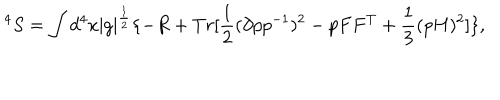
LaTeX: ^ 4 S = \int d ^ { 4 } x { \mid g \mid } ^ { \frac { 1 } { 2 } } \{ - R + T r [ \frac { 1 } { 2 } ( \partial p p ^ { - 1 } ) ^ { 2 } - p F F ^ { T } + \frac { 1 } { 3 } ( p H ) ^ { 2 } ] \} ,